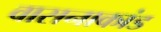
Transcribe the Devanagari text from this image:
वासनाकांड